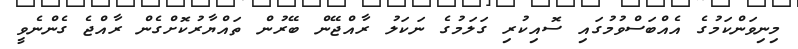
މިނިވަންކަމުގެ އެއްބަސްވުމުގައި ސޮއިކުރި ގަލަމުގެ ނަކަލު ރާއްޖޭން ބޭރުން ތައްޔާރުކޮށްގެން ރާއްޖެ ގެންނެވީ